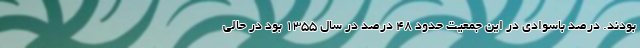
بودند. درصد باسوادی در این جمعیت حدود ۴۸ درصد در سال ۱۳۵۵ بود در حالی